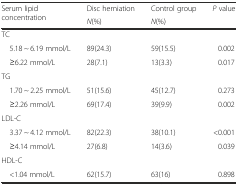
| <ROWSPAN=2> Serum lipid concentration | Disc herniation | Control group | <ROWSPAN=2> P value |
 | N(%) | N(%) |
 | --- | --- | --- | --- |
 | TC |  |  |  |
 | 5.18 ~ 6.19 mmol/L | 89(24.3) | 59(15.5) | 0.002 |
 | ≥6.22 mmol/L | 28(7.1) | 13(3.3) | 0.017 |
 | TG |  |  |  |
 | 1.70 ~ 2.25 mmol/L | 51(15.6) | 45(12.7) | 0.273 |
 | ≥2.26 mmol/L | 69(17.4) | 39(9.9) | 0.002 |
 | LDL-C |  |  |  |
 | 3.37 ~ 4.12 mmol/L | 82(22.3) | 38(10.1) | <0.001 |
 | ≥4.14 mmol/L | 27(6.8) | 14(3.6) | 0.039 |
 | HDL-C |  |  |  |
 | <1.04 mmol/L | 62(15.7) | 63(16) | 0.898 |